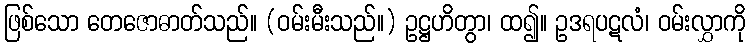
ဖြစ်သော တေဇောဓာတ်သည်။ (ဝမ်းမီးသည်။) ဥဋ္ဌဟိတွာ၊ ထ၍။ ဥဒရပဋလံ၊ ဝမ်းလွှာကို